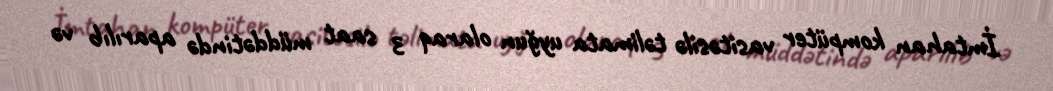
İmtahan kompüter vasitəsilə təlimata uyğun olaraq 3 saat müddətində aparılıb və